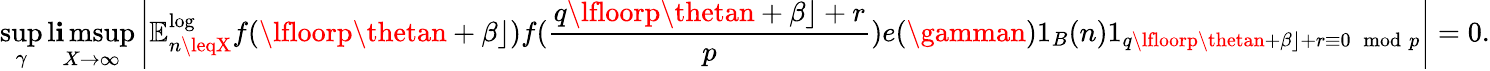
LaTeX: \operatorname*{sup}_{\gamma}\operatorname*{l\mathbf{i}msup}_{X\to\infty}\left|\mathbb{{E}}_{n\leqX}^{\log}f(\lfloorp\thetan+\beta\rfloor)f(\frac{{q\lfloorp\thetan+\beta\rfloor+r}}{{p}})e(\gamman)1_{B}(n)1_{q\lfloorp\thetan+\beta\rfloor+r\equiv0\, \, \operatorname{mod}\, p}\right|=0.